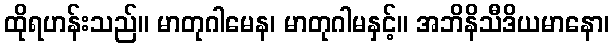
ထိုရဟန်းသည်။ မာတုဂါမေန၊ မာတုဂါမနှင့်။ အဘိနိသီဒိယမာနော၊